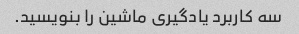
سه کاربرد یادگیری ماشین را بنویسید.